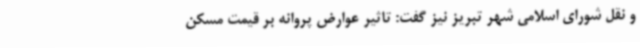
و نقل شورای اسلامی شهر تبریز نیز گفت: تاثیر عوارض پروانه بر قیمت مسکن